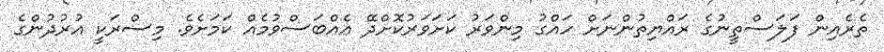
ތެރެއިން ފަލަސްތީނުގެ ރައްޔިތުންނަށް ހައްގު މިންވަރު ކަށަވަރުކޮށްދޭ އެއްބަސްވުމެއް ކަމަށެވެ. މިސްރަކީ އުރުދުންގެ